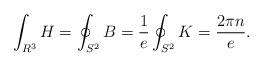
LaTeX: \begin{align*}\int_{R^3} H= \oint_{S^2}B =\frac{1}{e}\oint_{S^2} K = \frac{2\pi n }{e} .\end{align*}